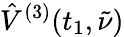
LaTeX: \hat{V}^{(3)}(t_{1},\tilde{\nu})